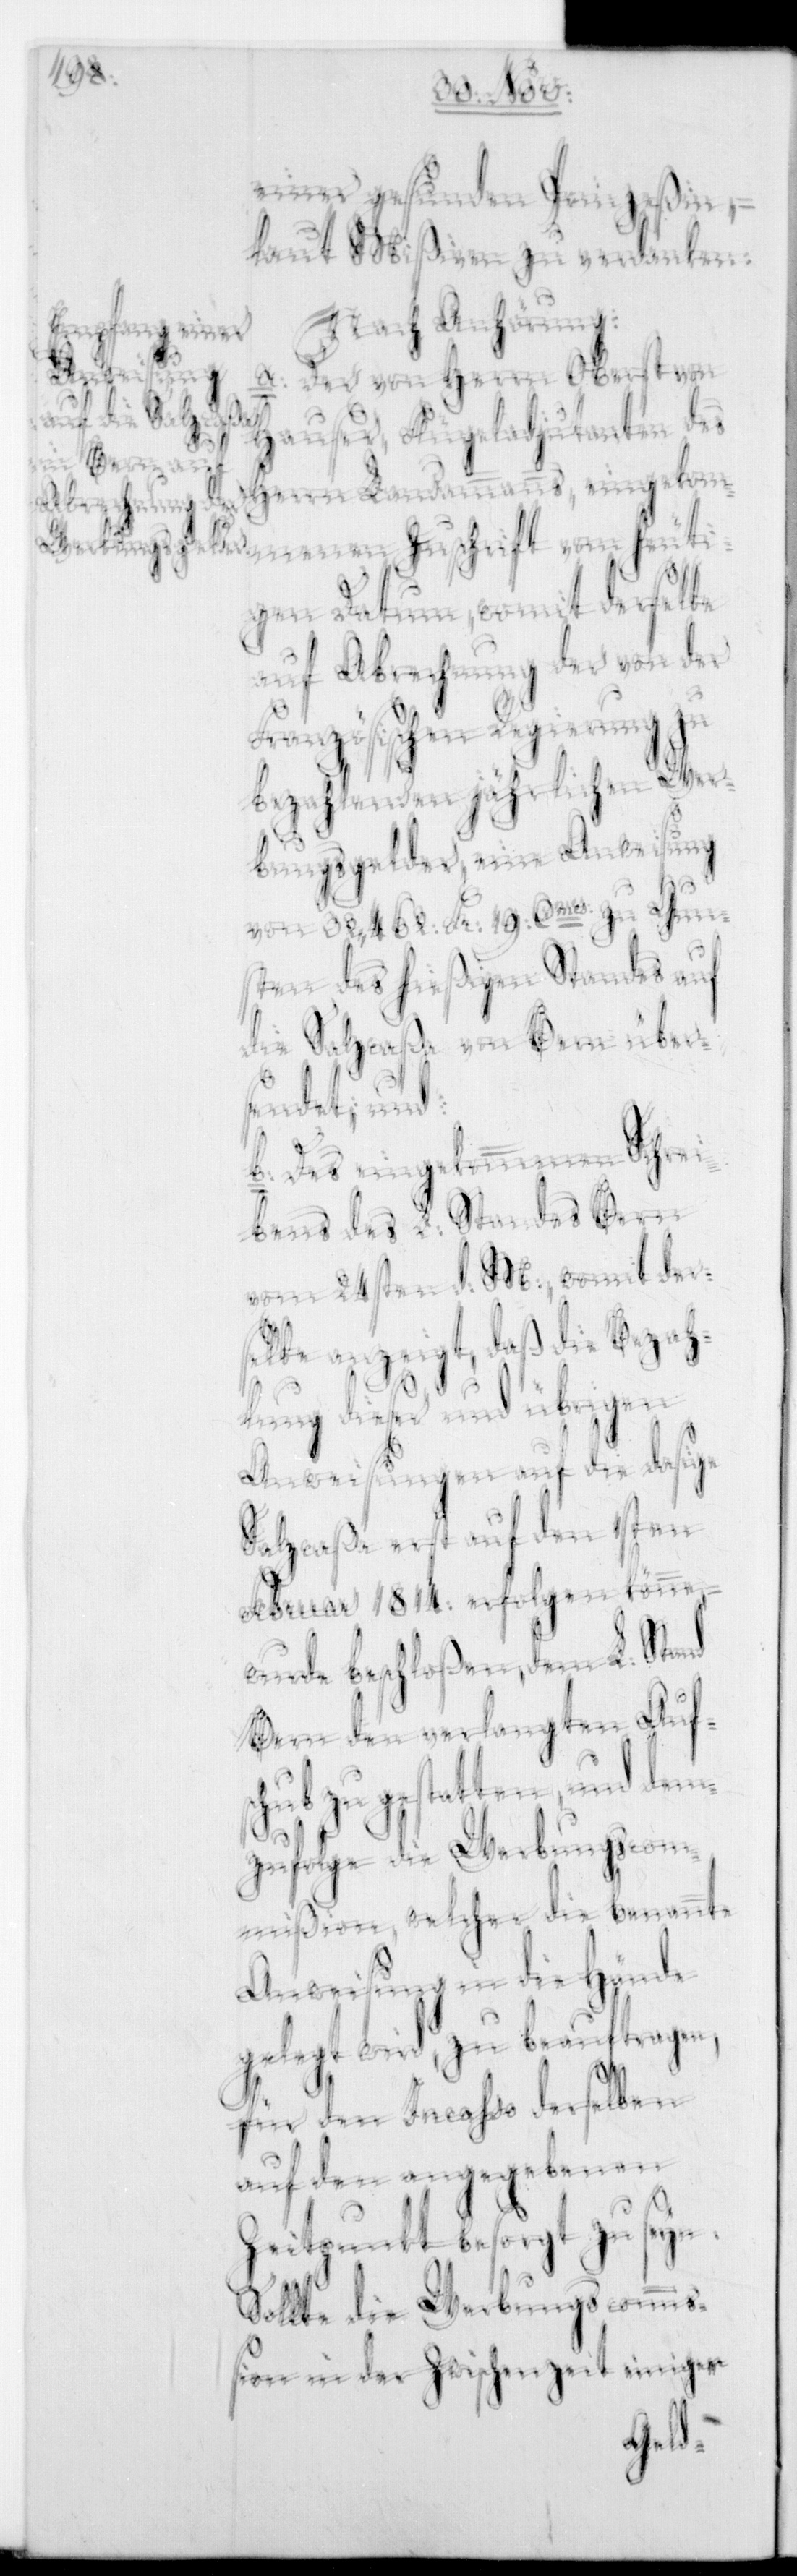
einer gesunden Prinzeßin, –
laut Mißiven zu verdanken.
Nach Anhörung:
a. Der von Herrn Oberst von
Hauser, Flügeladjudanten des
heuti¬
Herrn Landammanns, eingekom¬
gem Datum, womit derselbe
auf Abrechnung der von der
Französischen Regierung zu
bezahlenden jährlichen Wer¬
bungsgelder eine Anweisung
von 32,462. Fr. 19. Cmes zu Gun¬
sten des hießigen Standes auf
die Salzcaßa von Bern über¬
sendet, und
b. Des eingekommenen Schrei¬
bens des L. Standes Bern
vom 24sten d. M., womit der¬
selbe anzeigt, daß die Bezah¬
lung dieser und übrigen
Anweisungen auf die dasige
Salzcaßa erst auf den 1sten
Februar 1814. erfolgen könne,
wurde beschloßen, dem L. Stand
Bern den verlangten Aufs¬
chub zu gestatten, und dem¬
zufolge die Werbungscom¬
mißion, welcher die benannte
Anweisung in die Hände
gelegt wird, zu beauftragen,
für den Incasso derselben
auf den angegebenen
Zeitpunkt besorgt zu seyn.
Sollte die Werbunscommi¬
ßion in der Zwischenzeit einiger